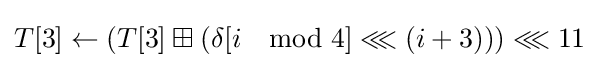
T[3]\leftarrow \left(T[3]\boxplus \left(\delta [i\mod 4]\lll \left(i+3\right)\right)\right)\lll 11